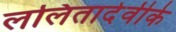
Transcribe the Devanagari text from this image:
ललितादेवीके